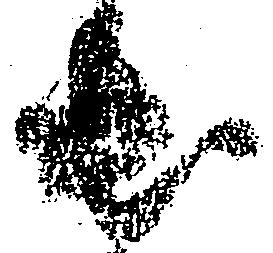
出